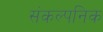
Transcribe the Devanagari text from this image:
संकल्पनिक